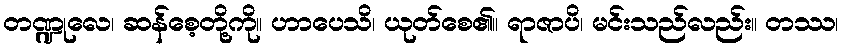
တဏ္ဍုလေ၊ ဆန်စေ့တို့ကို။ ဟာပေသိ၊ ယုတ်စေ၏။ ရာဇာပိ၊ မင်းသည်လည်း။ တဿ၊